画像に写った文字を読んでください
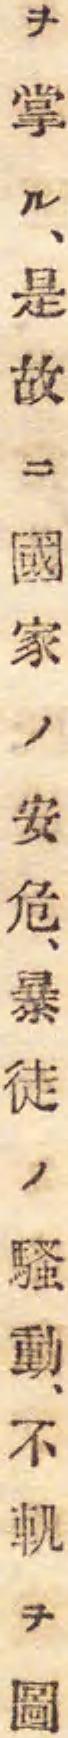
「ヲ掌ル、是故ニ國家ノ安危、暴徒ノ騒動、不軏ヲ圖」と書いてあります